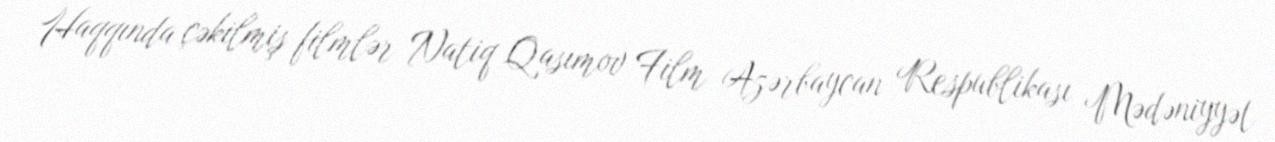
Haqqında çəkilmiş filmlər Natiq Qasımov Film Azərbaycan Respublikası Mədəniyyət